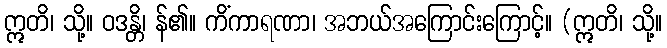
ဣတိ၊ သို့။ ဝဒန္တိ၊ န်၏။ ကိံကာရဏာ၊ အဘယ်အကြောင်းကြောင့်။ (ဣတိ၊ သို့။